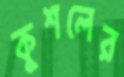
কুশলের